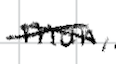
Text: man,
Cross-out: cross
Writing tool: digital_black